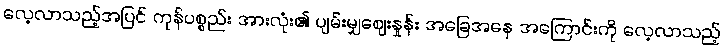
လေ့လာသည့်အပြင် ကုန်ပစ္စည်း အားလုံး၏ ပျမ်းမျှဈေးနှုန်း အခြေအနေ အကြောင်းကို လေ့လာသည့်